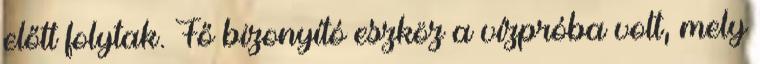
előtt folytak. Fő bizonyító eszköz a vízpróba volt, mely